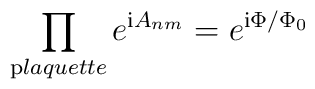
\prod_{\mathrm plaquette}e^{{\mathrm i}A_{nm}}=e^{{\mathrm i}\Phi/\Phi_0}